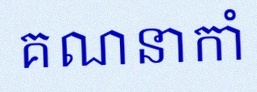
គណនាកាំ